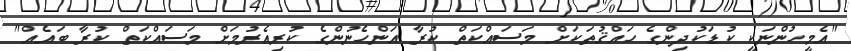
"އެމީހުންނަކީ ކުޑަކުދިންގެ ހައްޤުތަކަށް މަސައްކަތް ކުރާ އަންހެނުންގެ ކުރިއެރުމަށް މަސައްކަތް ކުރާ ބައެއް"